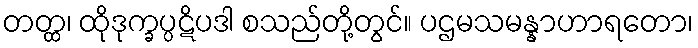
တတ္ထ၊ ထိုဒုက္ခပ္ပဋိပဒါ စသည်တို့တွင်။ ပဌမသမန္နာဟာရတော၊